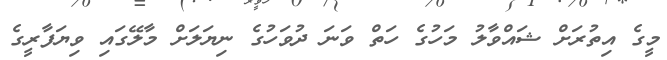
މީގެ އިތުރަށް ޝައްވާލު މަހުގެ ހަތް ވަނަ ދުވަހުގެ ނިޔަލަށް މާލޭގައި ވިޔަފާރީގެ